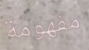
مفهومة